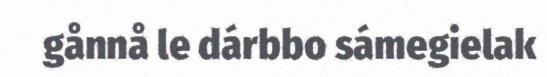
gånnå le dárbbo sámegielak